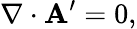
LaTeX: \nabla\cdot{\mathbf A}^{\prime}=0,